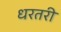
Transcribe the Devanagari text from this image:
धरतरी